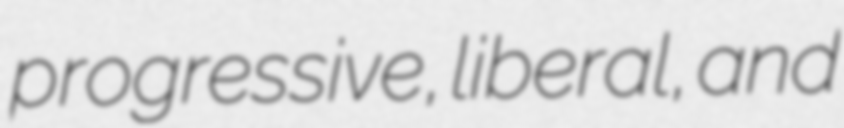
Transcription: progressive, liberal, and